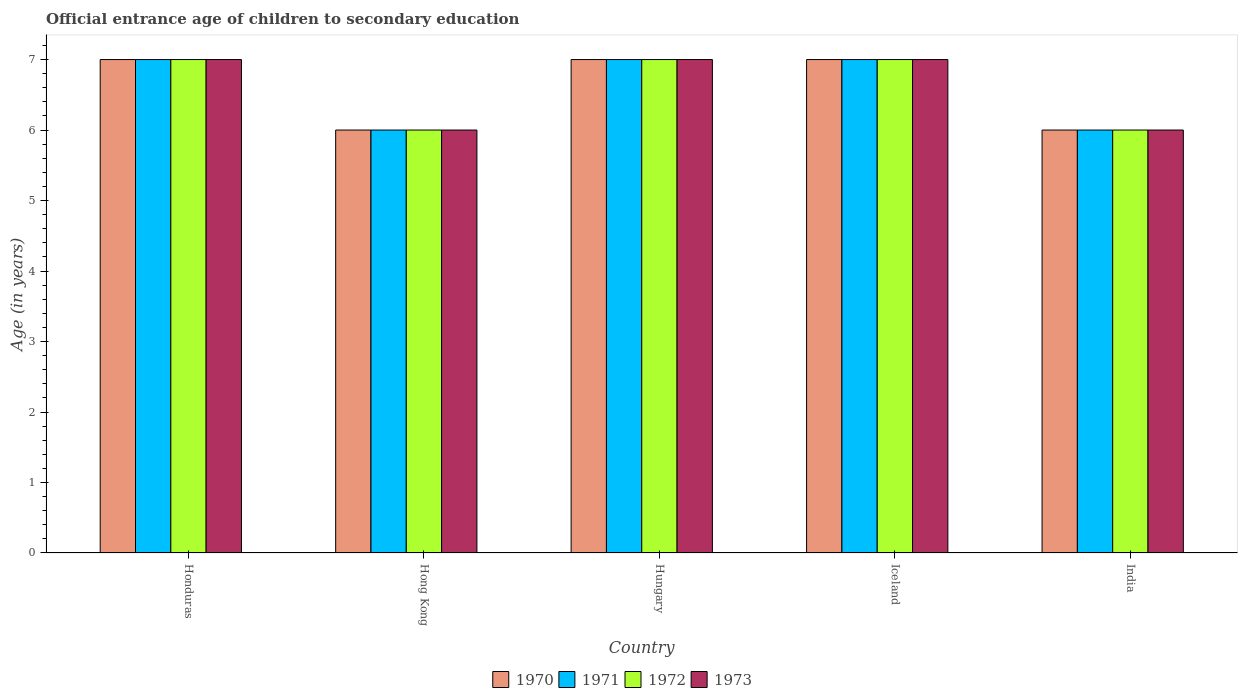
| Country | 1970 | 1971 | 1972 | 1973 |
 | --- | --- | --- | --- | --- |
 | Honduras | 7 | 7 | 7 | 7 |
 | Hong Kong | 6 | 6 | 6 | 6 |
 | Hungary | 7 | 7 | 7 | 7 |
 | Iceland | 7 | 7 | 7 | 7 |
 | India | 6 | 6 | 6 | 6 |